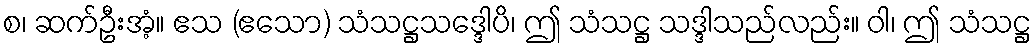
စ၊ ဆက်ဦးအံ့။ ဧသ (ဧသော) သံသဋ္ဌသဒ္ဒေါပိ၊ ဤ သံသဋ္ဌ သဒ္ဒါသည်လည်း။ ဝါ၊ ဤ သံသဋ္ဌ